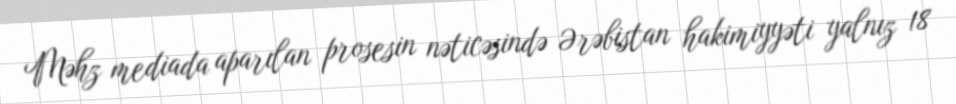
Məhz mediada aparılan prosesin nəticəsində Ərəbistan hakimiyyəti yalnız 18